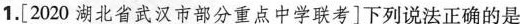
1. [2020湖北省武汉市部分重点中学联考]下列说法正确的是